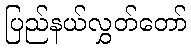
ပြည်နယ်လွှတ်တော်